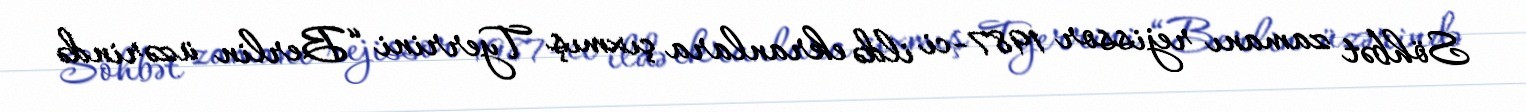
Söhbət zamanı rejissor 1987-ci ildə ekranlara çıxmış Tyerrini “Berlin üzərində